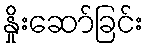
နှိုးဆော်ခြင်း